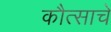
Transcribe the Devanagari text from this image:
कौत्साचे